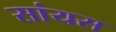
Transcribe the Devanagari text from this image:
सांयस